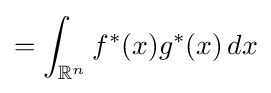
=\int _{\mathbb {R} ^{n}}f^{*}(x)g^{*}(x)\,dx